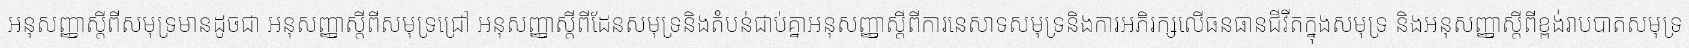
អនុសញ្ញាស្តីពីសមុទ្រមានដូចជា អនុសញ្ញាស្តីពីសមុទ្រជ្រៅ អនុសញ្ញាស្តីពីដែនសមុទ្រនិងតំបន់ជាប់គ្នាអនុសញ្ញាស្តីពីការនេសាទសមុទ្រនិងការអភិរក្សលើធនធានជីវីតក្នុងសមុទ្រ និងអនុសញ្ញាស្តីពីខ្ពង់រាបបាតសមុទ្រ